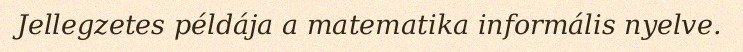
Jellegzetes példája a matematika informális nyelve.